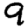
Digit: 9